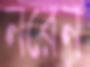
নরেন